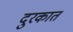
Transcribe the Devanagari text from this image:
दुरकात